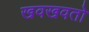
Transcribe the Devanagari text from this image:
खवखवतो